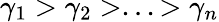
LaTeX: \gamma_{1}>\gamma_{2}>...>\gamma_{n}